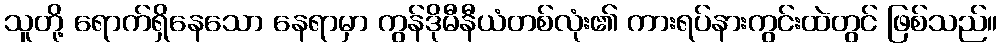
သူတို့ ရောက်ရှိနေသော နေရာမှာ ကွန်ဒိုမီနီယံတစ်လုံး၏ ကားရပ်နားကွင်းထဲတွင် ဖြစ်သည်။